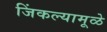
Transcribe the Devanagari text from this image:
जिंकल्यामूळे